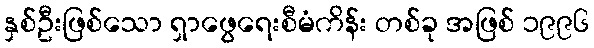
နှစ်ဦးဖြစ်သော ရှာဖွေရေးစီမံကိန်း တစ်ခု အဖြစ် ၁၉၉၆